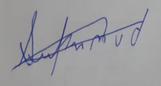
Signature authenticity: forged